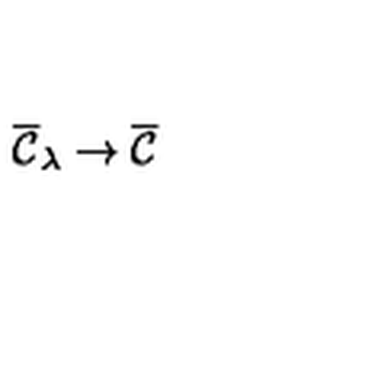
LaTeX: \overline { { { \cal C } } } _ { \lambda } \rightarrow \overline { { { \cal C } } }